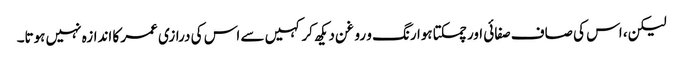
لیکن، اس کی صاف صفائی اور چمکتا ہوا رنگ و روغن دیکھ کر کہیں سے اس کی درازی عمر کا اندازہ نہیں ہوتا۔